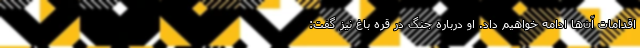
اقدامات آن‌ها ادامه خواهیم داد. او درباره جنگ در قره باغ نیز گفت: